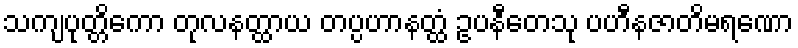
သကျပုတ္တိကော တုလနတ္ထာယ တပ္ပဟာနတ္ထံ ဥပနီတေသု ပဟီနဇာတိမရဏော